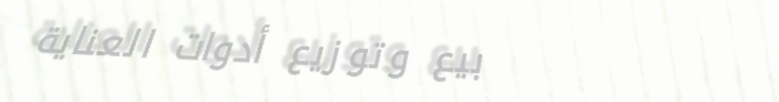
بيع وتوزيع أدوات العناية